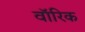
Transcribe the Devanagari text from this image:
वॉरिक